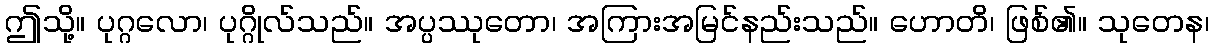
ဤသို့။ ပုဂ္ဂလော၊ ပုဂ္ဂိုလ်သည်။ အပ္ပဿုတော၊ အကြားအမြင်နည်းသည်။ ဟောတိ၊ ဖြစ်၏။ သုတေန၊